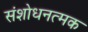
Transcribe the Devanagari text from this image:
संशोधनत्मक